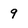
Character: 9